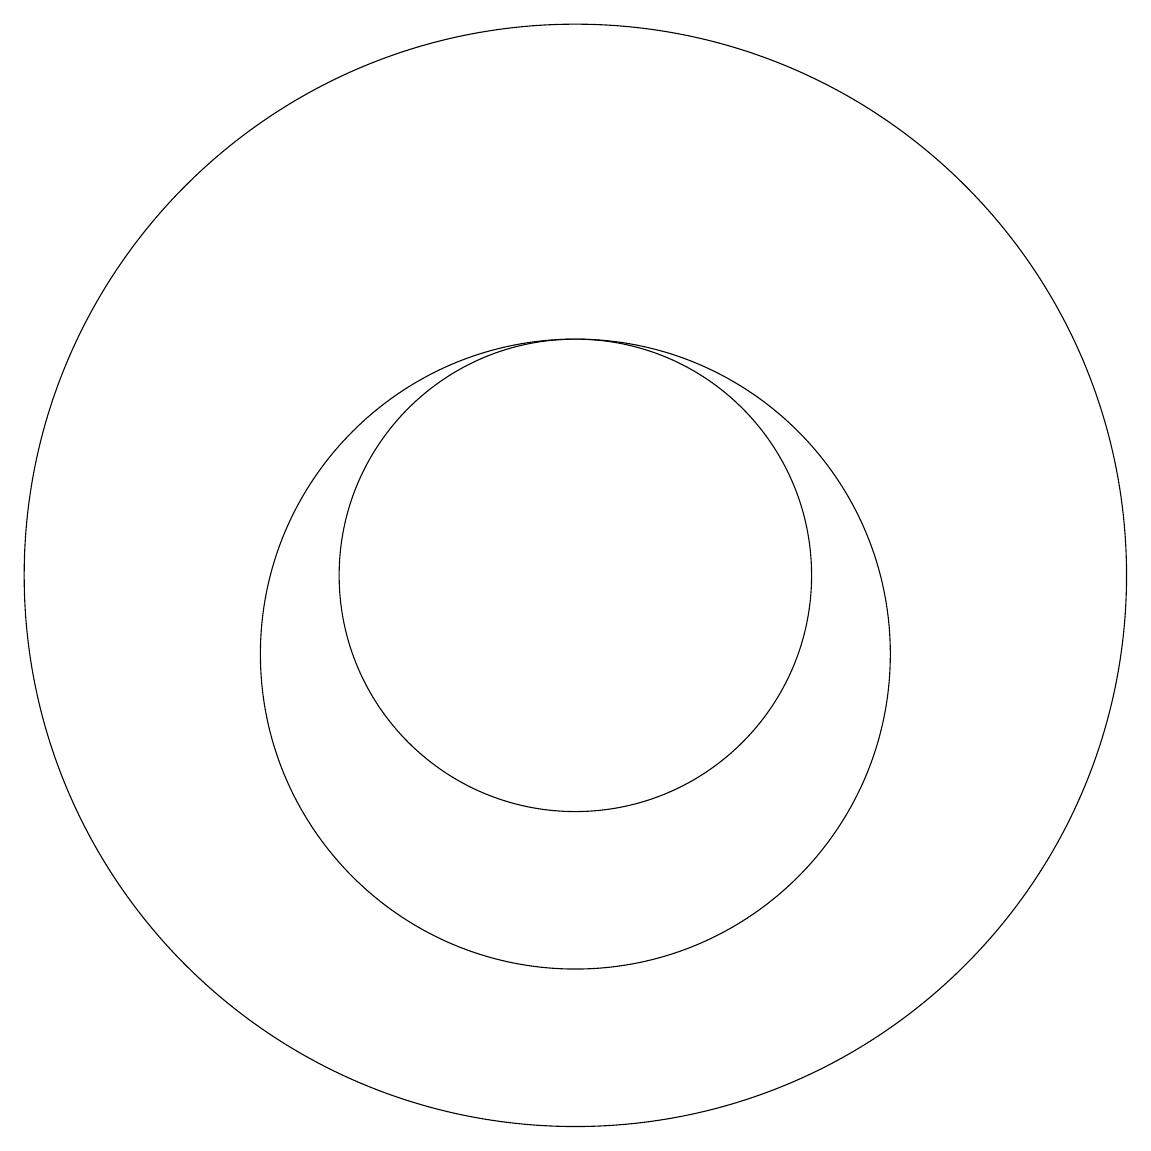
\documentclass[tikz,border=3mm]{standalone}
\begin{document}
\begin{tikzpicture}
\draw (11,11) circle (3);
\draw (11,10) circle (4);
\draw (11,11) circle (7);
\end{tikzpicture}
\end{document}